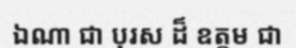
ឯណា ជា បុរស ដ៏ ឧត្តម ជា